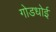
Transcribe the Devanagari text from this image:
गोडधोई